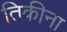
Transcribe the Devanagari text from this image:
तिकीना